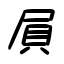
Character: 屓